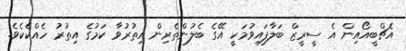
އެޗްބީއޯއިން އެ ސީރީޒް ބަލާފައިވުމަކީ އޭގެ ބެލުންތެރިން އިތުރުވާ ކަމުގެ އިތުރު ހެއްކެކެވެ.